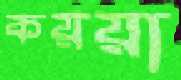
কয়য়া